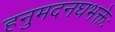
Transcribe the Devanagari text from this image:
हनुमदनघभक्तेः